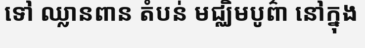
ទៅ ឈ្លានពាន តំបន់ មជ្ឈិមបូព៌ា នៅក្នុង